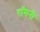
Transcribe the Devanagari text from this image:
रॉमनी